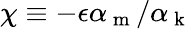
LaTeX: \chi\equiv-\epsilon\alpha_{\mathrm{~m~}}/\alpha_{\mathrm{~k~}}